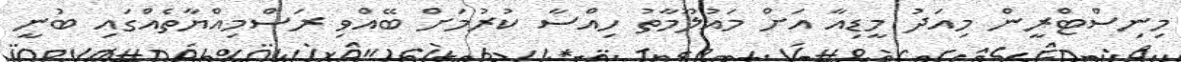
މިނިސްޓްރީން މިއަދު މީޑިއާ އަށް މައުލޫމާތު ހިއްސާ ކުރުމަށް ބޭއްވި ރަސްމިއްޔާތެއްގައި ބުނީ